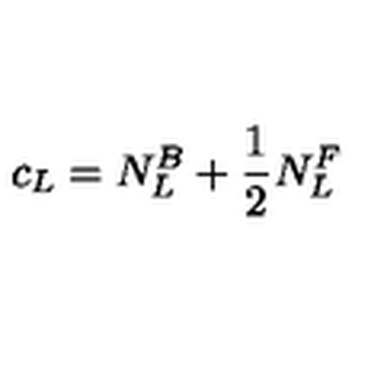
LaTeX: c _ { \small L } = N _ { L } ^ { B } + \frac { 1 } { 2 } N _ { L } ^ { F }